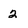
Character: 2